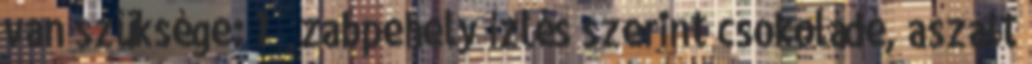
van szüksége: 1 ½ zabpehely ízlés szerint csokoládé, aszalt